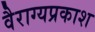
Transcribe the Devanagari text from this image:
वैराग्यप्रकाश